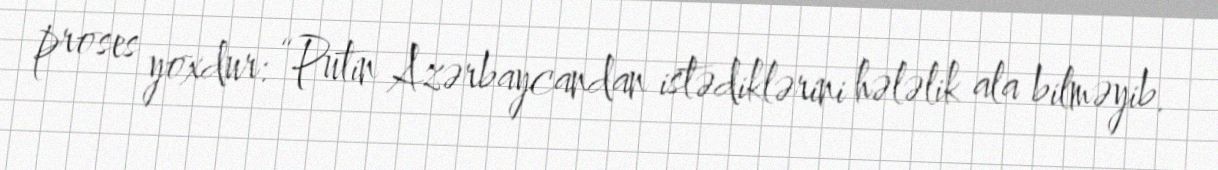
proses yoxdur: “Putin Azərbaycandan istədiklərini hələlik ala bilməyib.